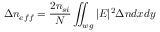
\Delta n _ { e f f } = \frac { 2 n _ { s i } } { N } \iint _ { w g } | E | ^ { 2 } \Delta n d x d y